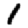
Digit: 1